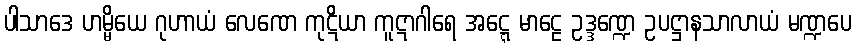
ပါသာဒေ ဟမ္မိယေ ဂုဟာယံ လေဏေ ကုဋိယာ ကူဋာဂါရေ အဋ္ဋေ မာဠေ ဥဒ္ဒဏ္ဍေ ဥပဋ္ဌာနသာလာယံ မဏ္ဍပေ